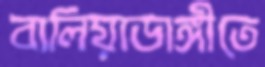
বালিয়াডাঙ্গীতে